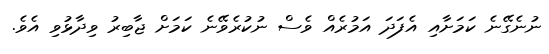
ނުނެގޭނެ ކަމަށާއި އެފަދަ އަމުރެއް ވެސް ނުކުރެވޭނެ ކަމަށް ޖާބިރު ވިދާޅުވި އެވެ.